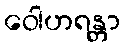
ဝေါဟရန္တာ